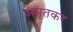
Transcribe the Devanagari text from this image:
अमृतकर